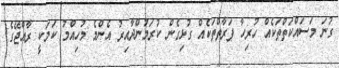
ގުނަ މަސައްކަތްތަކެއް ހުރިހާ ފަރާތްތަކެއް ގުޅިގެން ކުރަމުންދާއިރު އެންމެ މުހިއްމު ކަމަކީ ރާއްޖޭގެ